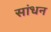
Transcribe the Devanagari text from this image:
सांधन